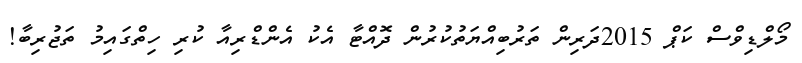
މޯލްޑިވްސް ކަޕް 2015ދަރިން ތަރުބިއްޔަތުކުރުން ދޮއްޓާ އެކު އެންޑްރިއާ ކުރި ހިތްގައިމު ތަޖުރިބާ!